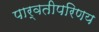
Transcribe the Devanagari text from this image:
पार्वतीपरिणय